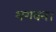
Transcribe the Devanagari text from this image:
भगवन।